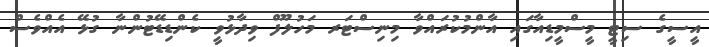
އީސީގެ ސިޓީ މީސްމީޑިއާގައި އާންމުކުރައްވާ މިނިސްޓަރ މަހުލޫފް ވިދާޅުވީ ކެންޑިޑޭޓުންނާ ގުޅޭ އެއްވެސް